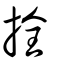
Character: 拴